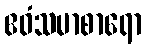
ဧဝံသမာစာရော